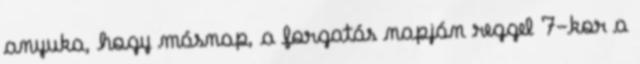
anyuka, hogy másnap, a forgatás napján reggel 7-kor a